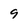
Character: 9